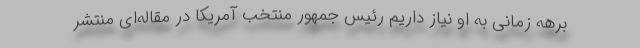
برهه زمانی به او نیاز داریم رئیس جمهور منتخب آمریکا در مقاله‌ای منتشر